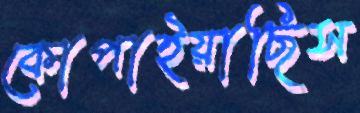
কোপাইয়াছিস